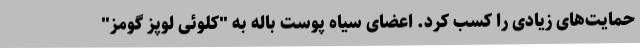
حمایت‌های زیادی را کسب کرد. اعضای سیاه پوست باله به "کلوئی لوپز گومز"